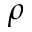
\rho